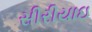
સીરીયાઇ